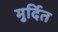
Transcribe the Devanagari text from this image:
मुर्दित